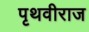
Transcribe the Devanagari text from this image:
पृथवीराज